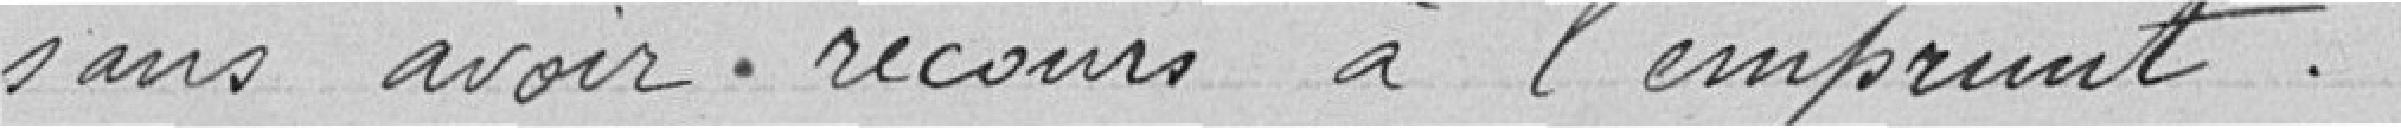
sans avoir recours à l'emprunt.